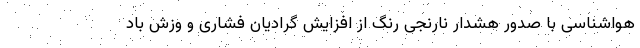
هواشناسی با صدور هشدار نارنجی رنگ از افزایش گرادیان فشاری و وزش باد